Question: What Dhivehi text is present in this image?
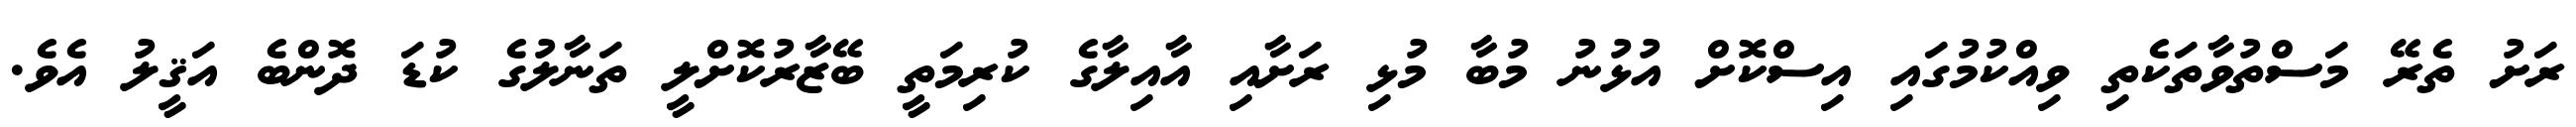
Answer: ރަށު ތެރޭ މަސްތުވާތަކެތި ވިއްކުމުގައި އިސްކޮށް އުޅުނު މުބާ މުޅި ރަށާއި އާއިލާގެ ކުރިމަތީ ބޭޒާރުކޮށްލީ ތަނާލުގެ ކުޑަ ދޮންބެ އަޤީލު އެވެ.